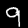
Label: 9